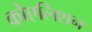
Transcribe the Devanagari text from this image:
कोएलिशन